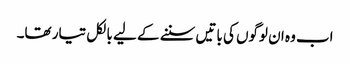
اب وہ ان لوگوں کی باتیں سننے کے لیے بالکل تیار تھا۔